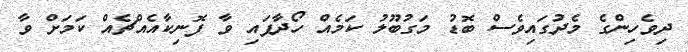
ދިވެހިންގެ މެދުގައިވެސް ބޮޑު މަގުބޫލު ކަމެއް ހޯދާފައި ވާ ފޮނިކާއެއްޗެއް ކަމަށް ވާ